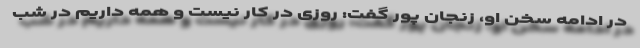
در ادامه سخن او، زنجان پور گفت: روزی در کار نیست و همه داریم در شب